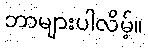
ဘာများပါလိမ့်။